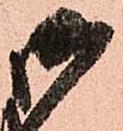
御